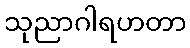
သုညာဂါရဟတာ